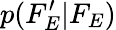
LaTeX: p(F_{E}^{\prime}|F_{E})